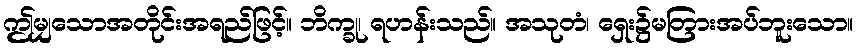
ဤမျှသောအတိုင်းအရည်ဖြင့်။ ဘိက္ခု၊ ရဟန်းသည်။ အသုတံ၊ ရှေး၌မတြားအပ်ဘူးသော။